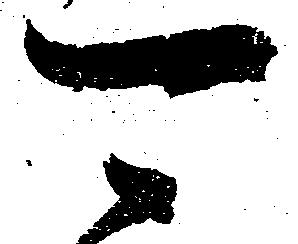
可